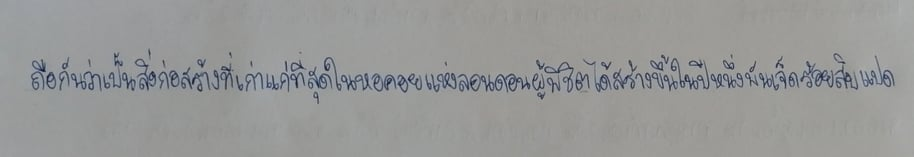
ถือกันว่าเป็นสิ่งก่อสร้างที่เก่าแก่ที่สุดในหอคอยแห่งลอนดอนผู้พิชิตได้สร้างขึ้นในปีหนึ่งพันเจ็ดร้อยสิบแปด